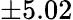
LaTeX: \pm 5.02